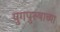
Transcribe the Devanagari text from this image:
युगपुरुषाच्या